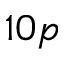
1 0 p